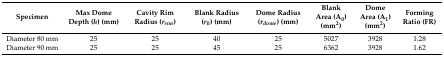
| Specimen | Max Dome Depth (h) (mm) | Cavity Rim Radius (rrim) | Blank Radius (r0) (mm) | Dome Radius (rdome) (mm) | Blank Area (A0) (mm2) | Dome Area (A1) (mm2) | Forming Ratio (FR) |
 | --- | --- | --- | --- | --- | --- | --- | --- |
 | Diameter 80 mm | 25 | 25 | 40 | 25 | 5027 | 3928 | 1.28 |
 | Diameter 90 mm | 25 | 25 | 45 | 25 | 6362 | 3928 | 1.62 |